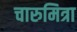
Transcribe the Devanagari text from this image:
चारुमित्रा